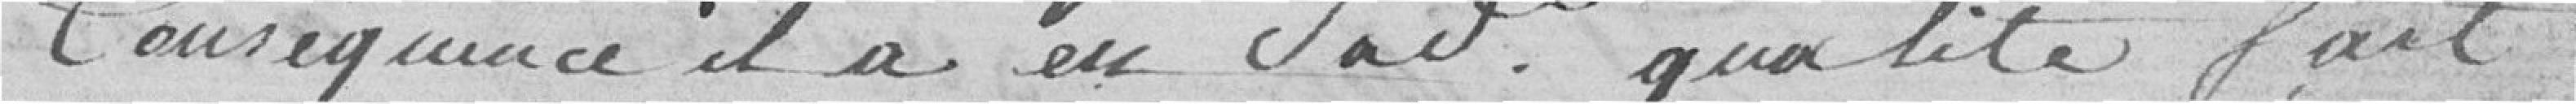
conséquence il a en sa dite qualité fait